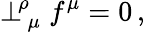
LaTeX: \perp_{\, \mu}^{\! \rho}f^{\mu}=0\, ,